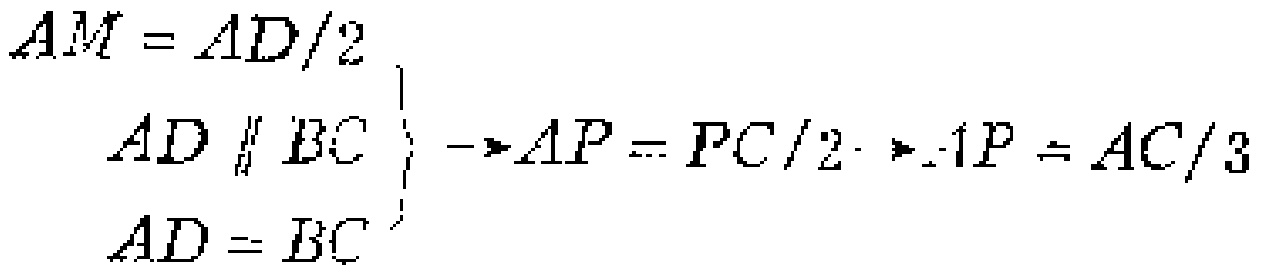
\[

\left.

\begin{array}{l}

AM = AD/2 \\

AD \parallel BC \\

AD = BC

\end{array}

\right\}

\rightarrow AP = PC/2 \rightarrow AP = AC/3

\]